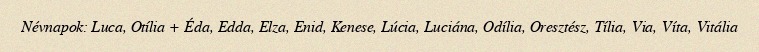
Névnapok: Luca, Otília + Éda, Edda, Elza, Enid, Kenese, Lúcia, Luciána, Odília, Oresztész, Tília, Via, Víta, Vitália